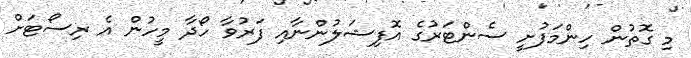
މި ގޮތުން ހިންމަފުށީ ސެންޓަރުގެ އޮފިޝަލުންނާއި ފަރުވާ ހޯދާ މީހުން އެ ރިސޯޓަށް